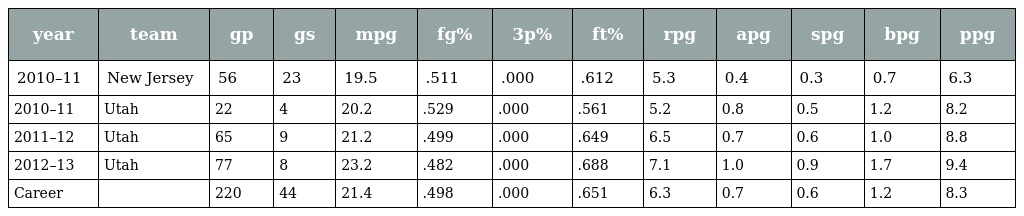
| year | team | gp | gs | mpg | fg% | 3p% | ft% | rpg | apg | spg | bpg | ppg |
 | --- | --- | --- | --- | --- | --- | --- | --- | --- | --- | --- | --- | --- |
 | 2010–11 | New Jersey | 56 | 23 | 19.5 | .511 | .000 | .612 | 5.3 | 0.4 | 0.3 | 0.7 | 6.3 |
 | 2010–11 | Utah | 22 | 4 | 20.2 | .529 | .000 | .561 | 5.2 | 0.8 | 0.5 | 1.2 | 8.2 |
 | 2011–12 | Utah | 65 | 9 | 21.2 | .499 | .000 | .649 | 6.5 | 0.7 | 0.6 | 1.0 | 8.8 |
 | 2012–13 | Utah | 77 | 8 | 23.2 | .482 | .000 | .688 | 7.1 | 1.0 | 0.9 | 1.7 | 9.4 |
 | Career |  | 220 | 44 | 21.4 | .498 | .000 | .651 | 6.3 | 0.7 | 0.6 | 1.2 | 8.3 |